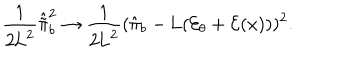
\frac { 1 } { 2 \mathrm { L } ^ { 2 } } \hat { \tilde { \pi } } _ { b } ^ { 2 } \rightarrow \frac { 1 } { 2 \mathrm { L } ^ { 2 } } ( \hat { \pi } _ { b } - \mathrm { L } ( { \cal E } _ { \theta } + { \cal E } ( x ) ) ) ^ { 2 } .